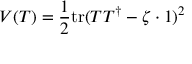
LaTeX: V ( T ) = \frac 1 2 \mathrm { t r } ( T T ^ { \dagger } - \zeta \cdot 1 ) ^ { 2 }